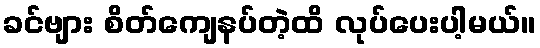
ခင်ဗျား စိတ်ကျေနပ်တဲ့ထိ လုပ်ပေးပါ့မယ်။